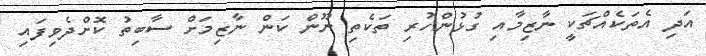
އަދި އެތަކެއްޗަކީ ނާޒިމާއި ގުޅުންހުރި ތަކެތި ނޫން ކަން ނާޒިމަށް ސާބިތު ކޮށްދެވިފައި